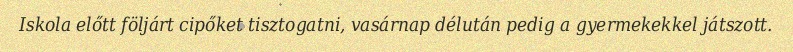
Iskola előtt följárt cipőket tisztogatni, vasárnap délután pedig a gyermekekkel játszott.